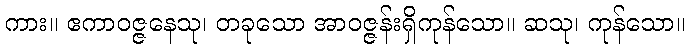
ကား။ ဧကာဝဇ္ဇနေသု၊ တခုသော အာဝဇ္ဇန်းရှိကုန်သော။ ဆသု၊ ကုန်သော။